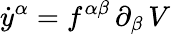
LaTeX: \dot{y}^{\alpha}=f^{\alpha\beta}\, \partial_{\beta}\, V